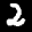
Label: 2